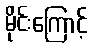
မိုင်းကြောင့်